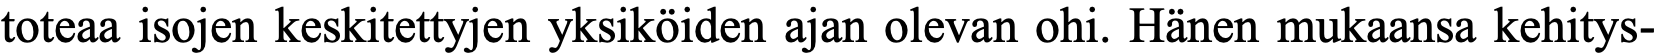
toteaa isojen keskitettyjen yksiköiden ajan olevan ohi. Hänen mukaansa kehitys-